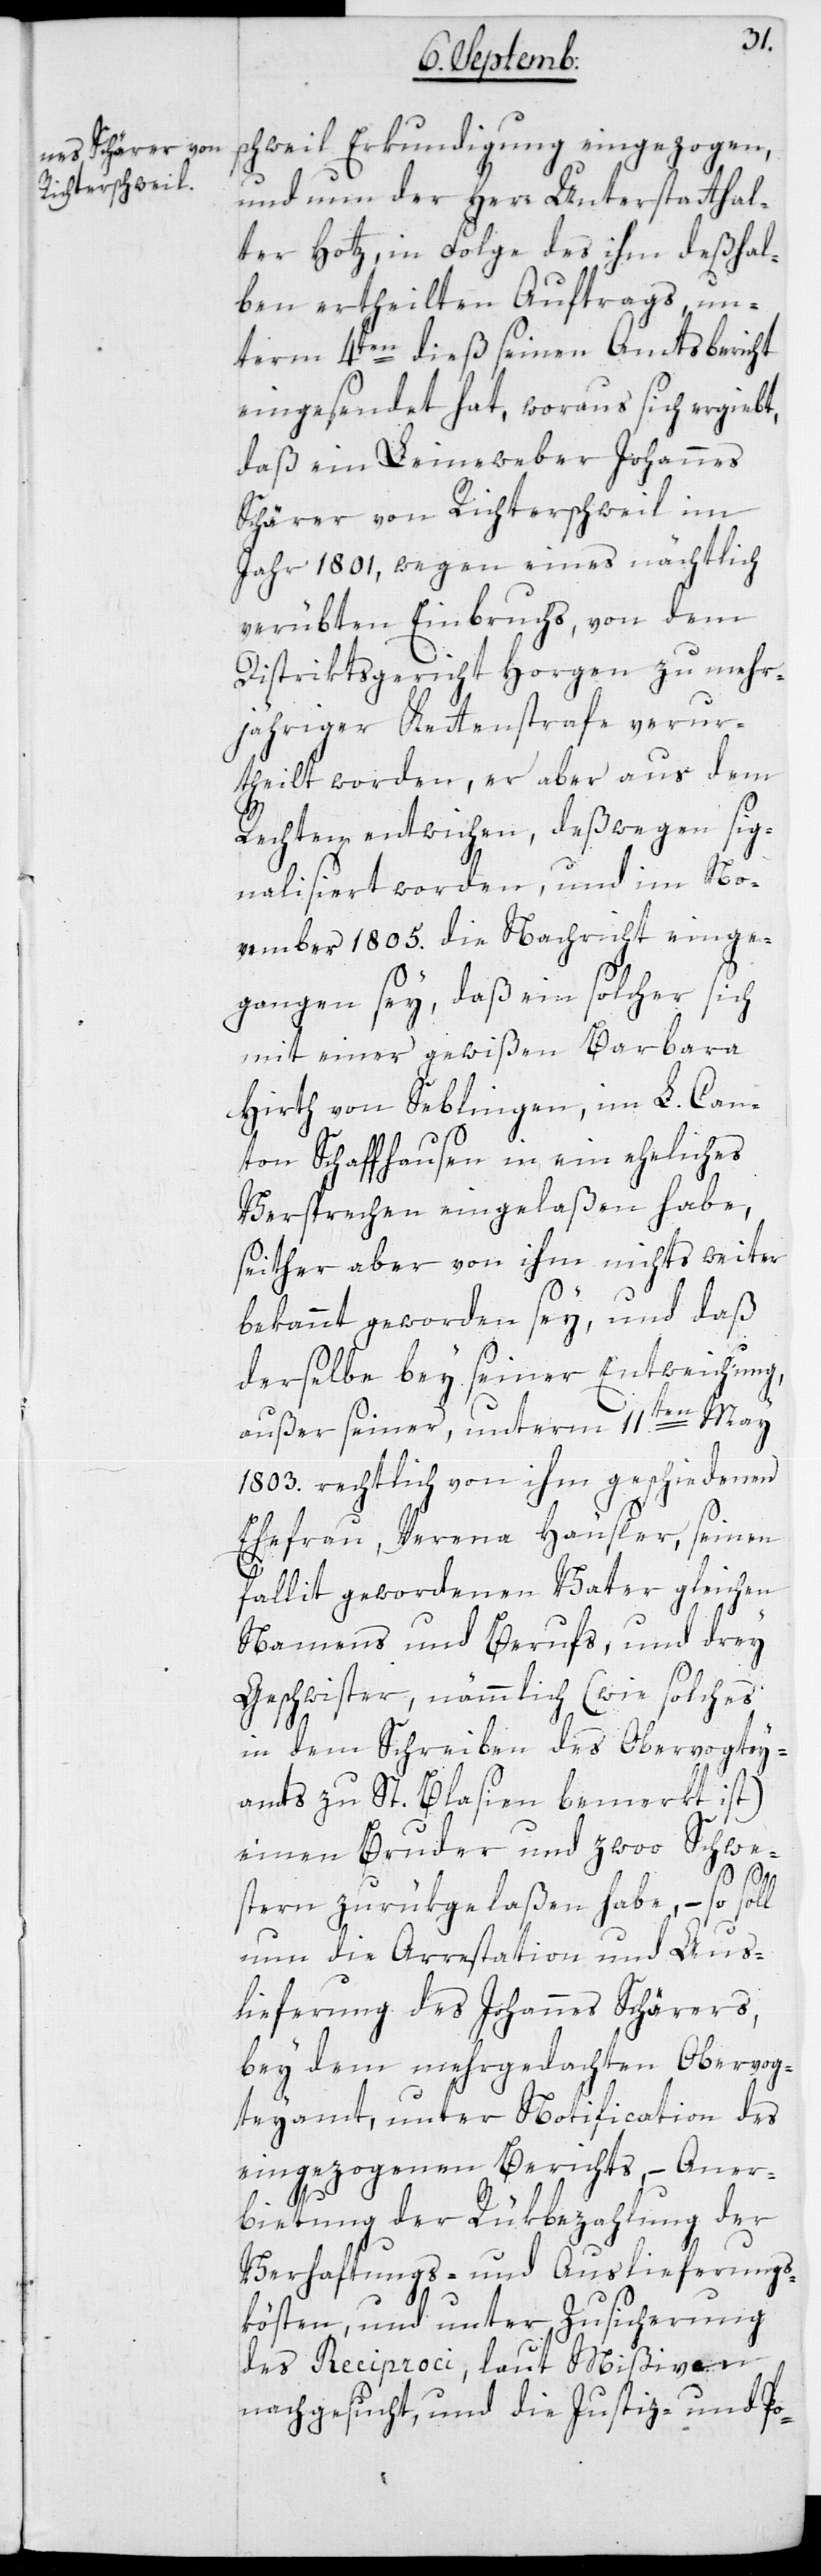
schweil Erkundigung eingezogen,
und nun der Herr Unterstatthal¬
ter Hotz, in Folge des ihm deßhal¬
ben ertheilten Auftrags un¬
term 4ten dieß seinen Amtsbericht
eingesendet hat, woraus sich ergiebt,
daß ein Leineweber Johannes
Schärer von Richterschweil im
Jahr 1801, wegen eines nächtlich
verübten Einbruchs, von dem
Distriktsgericht Horgen zu mehr¬
jähriger Kettenstrafe verur¬
theilt worden, er aber aus dem
Rechten entwichen, deßwegen sig¬
nalisiert worden, und im No¬
vember 1805. die Nachricht einge¬
gangen sey, daß ein solcher sich
mit einer gewißen Barbara
Hirth von Seblingen, im L. Can¬
ton Schaffhausen in ein eheliches
Versprechen eingelaßen habe,
seither aber von ihm nichts weiter
bekannt geworden sey, und daß
derselbe bey seiner Entweichung,
außer seiner, unterm 11ten May
1803. rechtlich von ihm geschiedenen
Ehefrau, Verena Häusler, seinen
fallit gewordenen Vater gleichen
Namens und Berufs, und drey
Geschwister, nämmlich (wie solches
in dem Schreiben des Obervogtey¬
amts zu St. Blasien bemerkt ist)
einen Bruder und zwoo Schwe¬
stern zurükgelaßen habe, – so soll
nun die Arrestation und Aus¬
lieferung des Johannes Schärers,
bey dem mehrgedachten Obervog¬
teyamt, unter Notification des
eingezogenen Berichts, – Aner¬
bietung der Rükbezahlung der
Verhaftungs- und Auslieferungs¬
kösten, und unter Zusicherung
des Reciproci, laut Mißiven
nachgesucht, und die Justiz- und Po-